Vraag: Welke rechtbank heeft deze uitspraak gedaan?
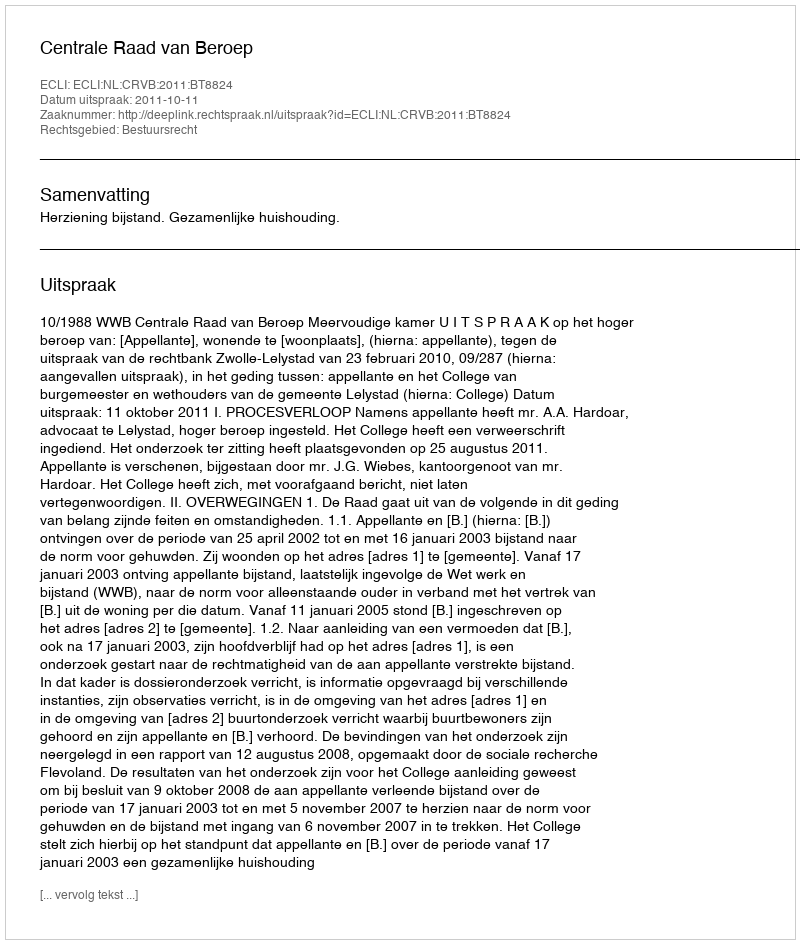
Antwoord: Centrale Raad van Beroep